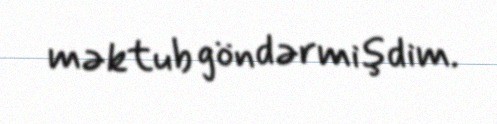
məktub göndərmişdim.